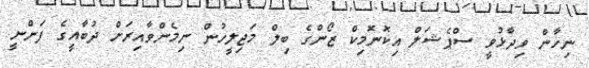
ނިހާން ވިދާޅުވީ ސްޕެޝަލް އިކޮނޮމިކް ޒޯންގެ ބިލް މަޖިލީހުން ނިމެންވާއިރަށް ދުބާއީގެ ފަންނީ